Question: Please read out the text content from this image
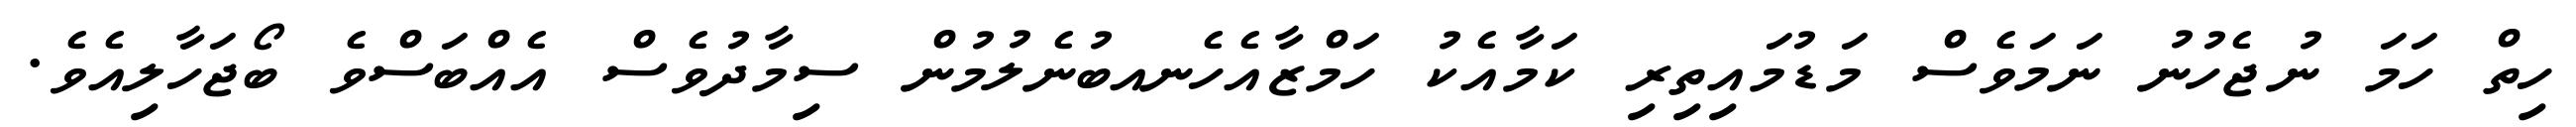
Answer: ހިތް ހަމަ ނުޖެހުނު ނަމަވެސް މަޑުމައިތިރި ކަމާއެކު ހަމްޒާއެހެނއބުނެލުމުން ސިމާދުވެސް އެއްބަސްވެ ބޯޖަހާލިއެވެ.